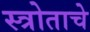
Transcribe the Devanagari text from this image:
स्त्रोताचे